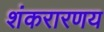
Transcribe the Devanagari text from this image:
शंकरारणय